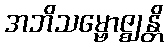
အဘိသမ္ဗောဇ္ဈန္တိ